Document type: Recognition
Year: 1437
Scribe: Pere Ponçgem
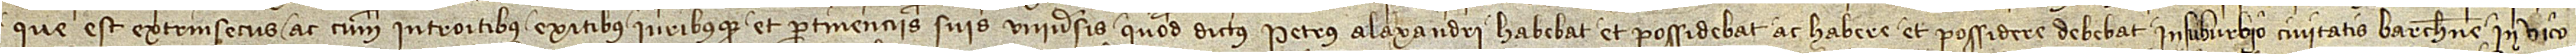
que est extrinsecus, ac cum introitibus, exitibus iuribusque et pertinenciis suis universis, quod dictus Petrus Alaxandri habebat et possidebat ac habere et possidere debebat in suburbio civitatis Barchinone, in vico